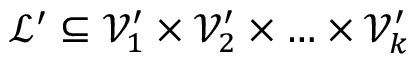
\mathcal { L } ^ { \prime } \subseteq \mathcal { V } _ { 1 } ^ { \prime } \times \mathcal { V } _ { 2 } ^ { \prime } \times \ldots \times \mathcal { V } _ { k } ^ { \prime }